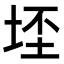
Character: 𭎠